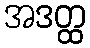
အဒတ္ထ